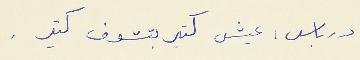
درباس : عيش كتير بتشوف كتير .